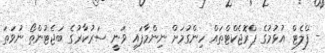
- ފްލެޓް އުޅުމުގެ ޕްރޮޖެކްޓްތައް ހިންގުމަށް ނިންމާފައި ވަނީ ސަރުކާރުގެ ބަޖެޓުންތޯ ނުވަތަ